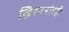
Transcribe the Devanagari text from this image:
ख्रिश्चनांतही